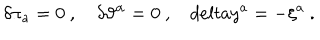
\delta \pi _ { a } = 0 \ , \delta \vartheta ^ { \alpha } = 0 \ , \ \ \ \, d e l t a y ^ { a } = - \xi ^ { a } \ .